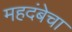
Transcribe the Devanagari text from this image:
महदंबेचा